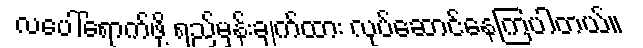
လပေါ်ရောက်ဖို့ ရည်မှန်းချက်ထား လုပ်ဆောင်နေကြပါတယ်။